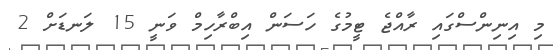
މި އިނިންސްގައި ރާއްޖެ ޓީމުގެ ހަސަން އިބްރާހިމް ވަނީ 15 ލަނޑަށް 2